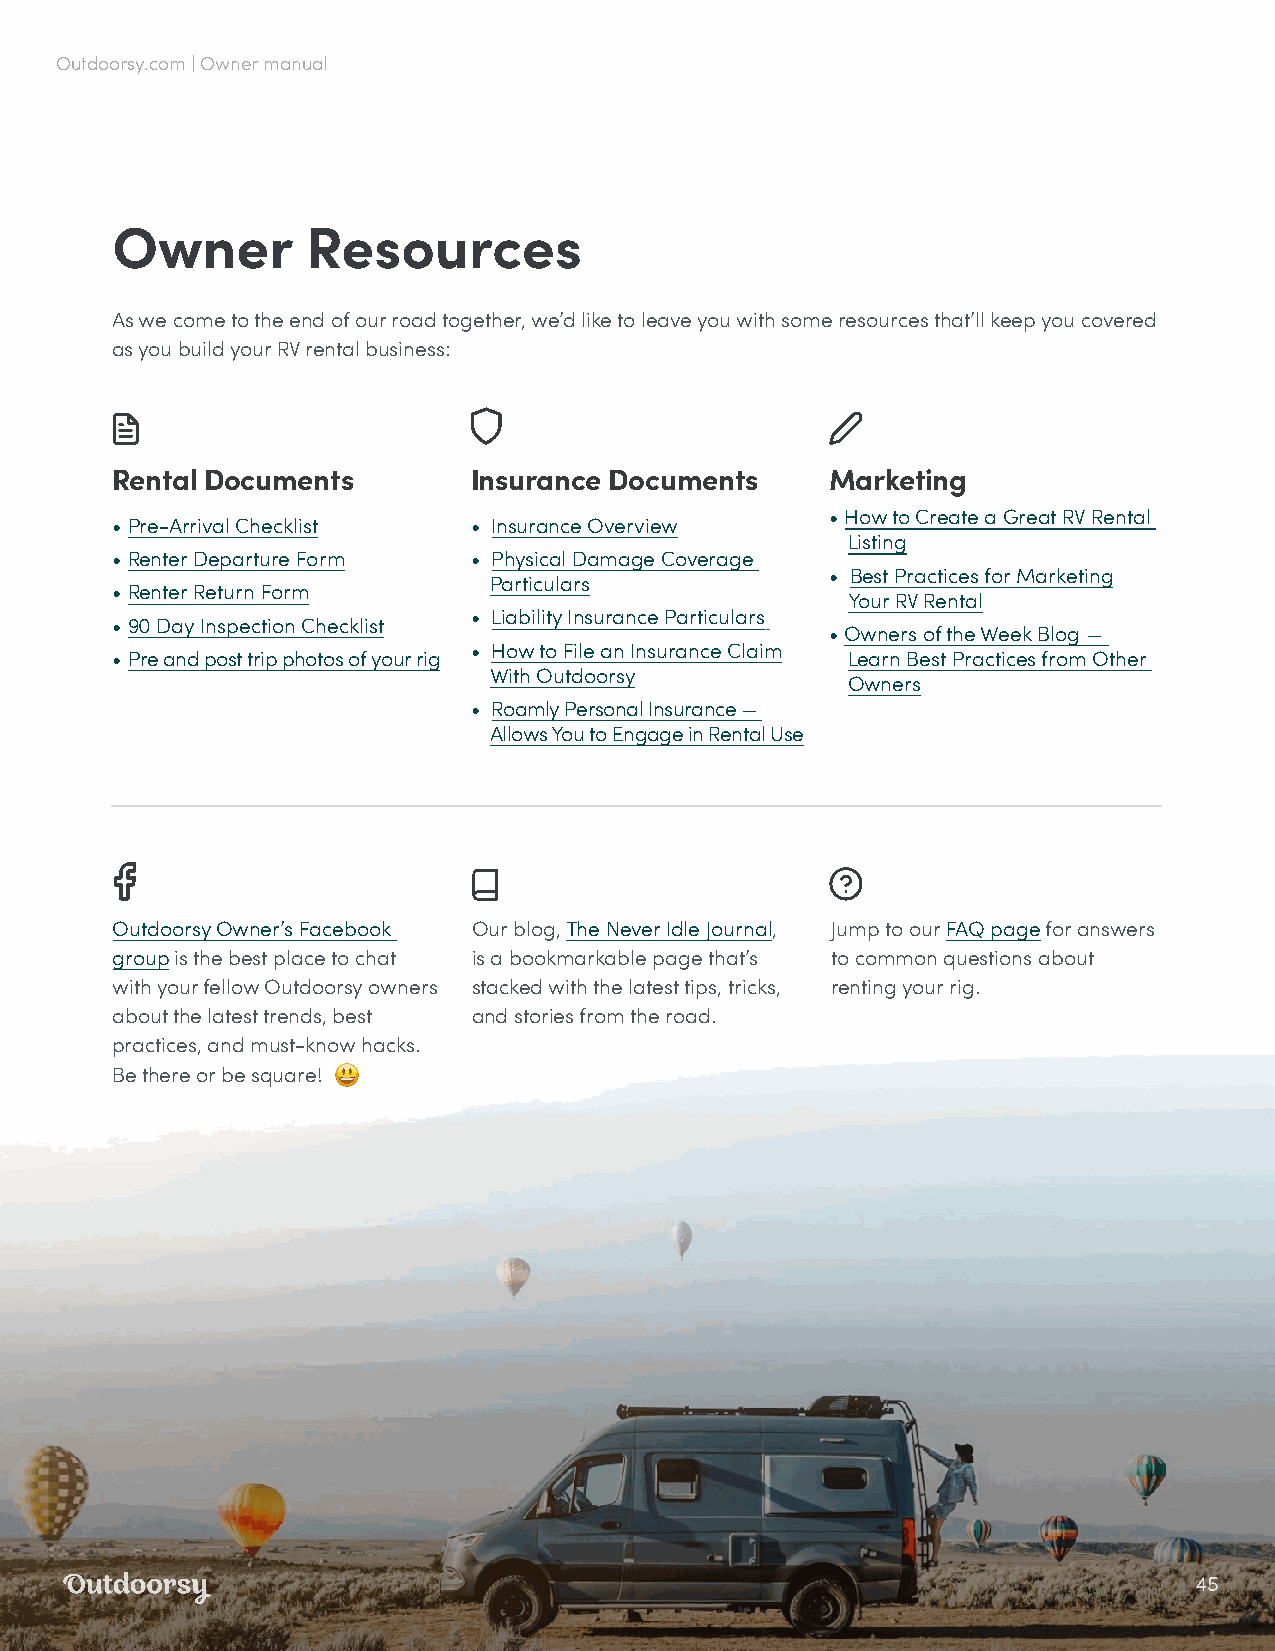
Outdoorsy.com | Owner manual
 Owner        Resources
 As we come to the end of our road together, we’d like to leave you with some resources that’ll keep you covered
 as you build your RV rental business:
 Rental Documents        Insurance Documents     Marketing
 • How to Create a Great RV Rental
 • Pre-Arrival Checklist • Insurance Overview
 Listing
 • Renter Departure Form • Physical Damage Coverage
 • Best Practices for Marketing
 Particulars
 • Renter Return Form
 Your RV Rental
 • Liability Insurance Particulars
 • 90 Day Inspection Checklist
 • Owners of the Week Blog —
 • How to File an Insurance Claim
 • Pre and post trip photos of your rig           Learn Best Practices from Other
 With Outdoorsy
 Owners
 • Roamly Personal Insurance —
 Allows You to Engage in Rental Use
 Outdoorsy Owner’s Facebook Our blog, The Never Idle Journal, Jump to our FAQ page for answers
 group is the best place to chat is a bookmarkable page that’s to common questions about
 with your fellow Outdoorsy owners stacked with the latest tips, tricks, renting your rig.
 about the latest trends, best and stories from the road.
 practices, and must-know hacks.
 Be there or be square! 😃
 45